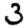
Digit: 3